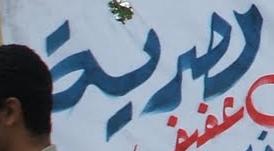
رهربة